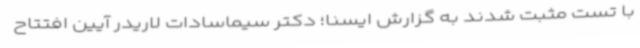
با تست مثبت شدند به گزارش ایسنا؛ دکتر سیماسادات لاریدر آیین افتتاح